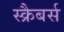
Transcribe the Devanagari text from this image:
स्क्रैबर्स